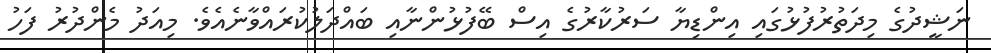
ނަޝީދުގެ މިދަތުރުފުޅުގައި އިންޑިޔާ ސަރުކާރުގެ އިސް ބޭފުޅުންނާއި ބައްދަލުކުރައްވާނެއެވެ. މިއަދު މެންދުރު ފަހު